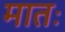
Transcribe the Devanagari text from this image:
मातः